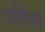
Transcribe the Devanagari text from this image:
गणितके